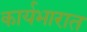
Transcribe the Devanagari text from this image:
कार्यभारात